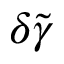
\delta \tilde { \gamma }